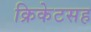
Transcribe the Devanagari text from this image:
क्रिकेटसह